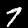
Digit: 7